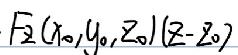
$F_{2}(x_{0},y_{0},z_{0})/(z - z_{0})$